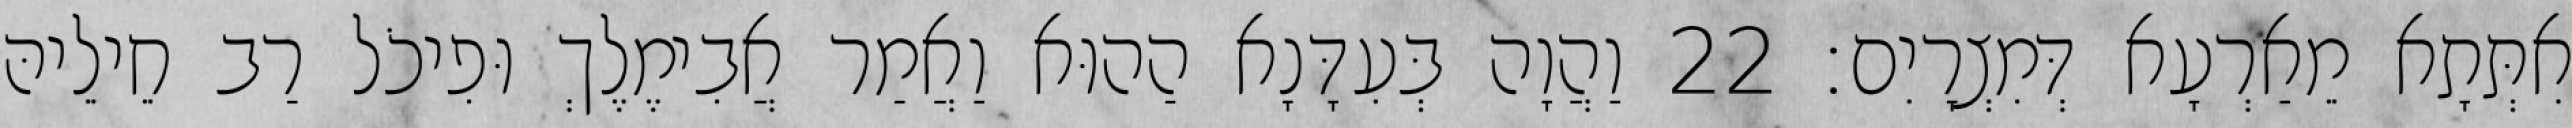
אִתְּתָא מֵאַרְעָא דְּמִצְרָיִם׃ 22 וַהֲוָה בְּעִדָּנָא הַהוּא וַאֲמַר אֲבִימֶלֶךְ וּפִיכֹל רַב חֵילֵיהּ